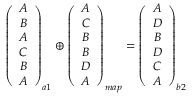
\begin{array} { r } { \left( \begin{array} { c } { A } \\ { B } \\ { A } \\ { C } \\ { B } \\ { A } \end{array} \right) _ { a 1 } \oplus \left( \begin{array} { c } { A } \\ { C } \\ { B } \\ { B } \\ { D } \\ { A } \end{array} \right) _ { m a p } = \left( \begin{array} { c } { A } \\ { D } \\ { B } \\ { D } \\ { C } \\ { A } \end{array} \right) _ { b 2 } } \end{array}